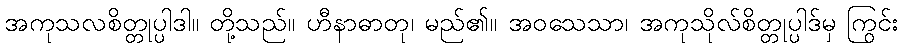
အကုသလစိတ္တုပ္ပါဒါ။ တို့သည်။ ဟီနာဓာတု၊ မည်၏။ အဝသေသာ၊ အကုသိုလ်စိတ္တုပ္ပါဒ်မှ ကြွင်း